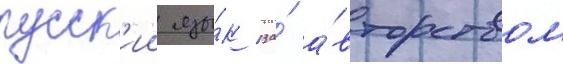
русск'ии язы́к за́ а́вторством